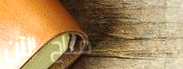
متاح الآن